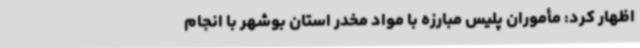
اظهار کرد: مأموران پلیس مبارزه با مواد مخدر استان بوشهر با انجام